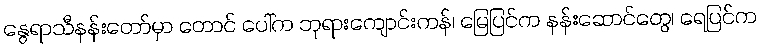
နွေရာသီနန်းတော်မှာ တောင် ပေါ်က ဘုရားကျောင်းကန်၊ မြေပြင်က နန်းဆောင်တွေ၊ ရေပြင်က